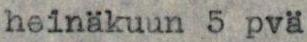
heinäkuun 5 pvä